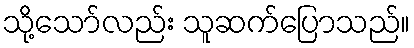
သို့သော်လည်း သူဆက်ပြောသည်။